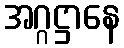
အဂ္ဂဋ္ဌာနေ